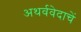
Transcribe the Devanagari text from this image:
अथर्ववेदाचें